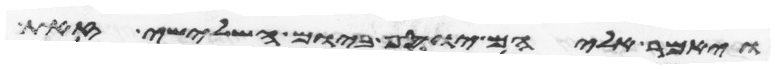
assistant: ויאמר אליהם יוסף ביום השלישי זאת